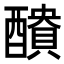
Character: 𮡁